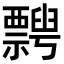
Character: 𥜞